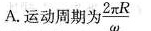
A.运动周期为2 \frac{2 \pi R}{ \omega }